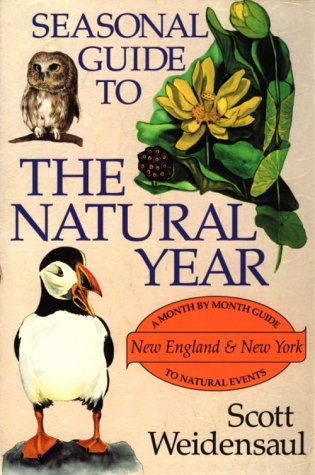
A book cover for Seasonal Guide to the Natural Year--New England and New York; Scott Weidensaul; Travel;